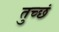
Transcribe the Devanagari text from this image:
तुच्छं